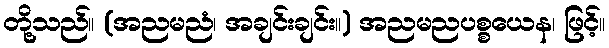
တို့သည်။ (အညမညံ၊ အချင်းချင်း။) အညမညပစ္စယေန၊ ဖြင့်။